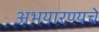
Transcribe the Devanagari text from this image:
अभयारण्यचे